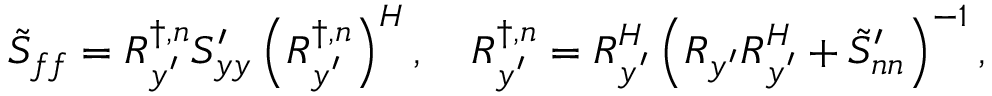
\boldsymbol { \tilde { S } _ { f f } } = \boldsymbol { R } _ { \boldsymbol { y ^ { \prime } } } ^ { \dagger , n } \boldsymbol { S _ { y y } ^ { \prime } } \left( \boldsymbol { R } _ { \boldsymbol { y ^ { \prime } } } ^ { \dagger , n } \right) ^ { H } , \quad \boldsymbol { R } _ { \boldsymbol { y ^ { \prime } } } ^ { \dagger , n } = \boldsymbol { R } _ { \boldsymbol { y ^ { \prime } } } ^ { H } \left( \boldsymbol { R _ { y ^ { \prime } } } \boldsymbol { R } _ { \boldsymbol { y ^ { \prime } } } ^ { H } + \boldsymbol { \tilde { S } _ { n n } ^ { \prime } } \right) ^ { - 1 } ,